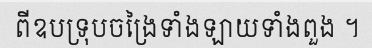
ពីឧបទ្រុបចង្រៃទាំងឡាយទាំងពួង ។